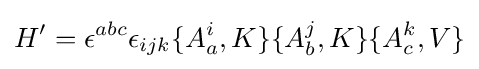
H'=\epsilon ^{abc}\epsilon _{ijk}\{A_{a}^{i},K\}\{A_{b}^{j},K\}\{A_{c}^{k},V\}